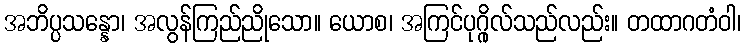
အဘိပ္ပသန္နော၊ အလွန်ကြည်ညိုသော။ ယောစ၊ အကြင်ပုဂ္ဂိုလ်သည်လည်း။ တထာဂတံဝါ၊